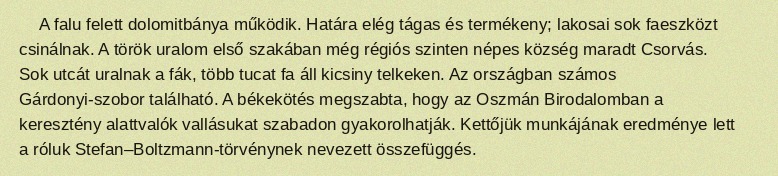
A falu felett dolomitbánya működik. Határa elég tágas és termékeny; lakosai sok faeszközt csinálnak. A török uralom első szakában még régiós szinten népes község maradt Csorvás. Sok utcát uralnak a fák, több tucat fa áll kicsiny telkeken. Az országban számos Gárdonyi-szobor található. A békekötés megszabta, hogy az Oszmán Birodalomban a keresztény alattvalók vallásukat szabadon gyakorolhatják. Kettőjük munkájának eredménye lett a róluk Stefan–Boltzmann-törvénynek nevezett összefüggés.